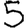
Digit: 5